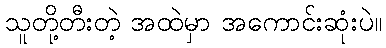
သူတို့တီးတဲ့ အထဲမှာ အကောင်းဆုံးပဲ။